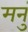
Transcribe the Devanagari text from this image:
मनुं